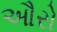
ઔરો